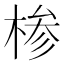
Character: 椮